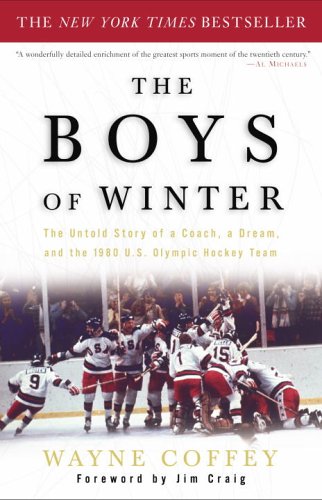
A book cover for The Boys of Winter: The Untold Story of a Coach, a Dream, and the 1980 U.S. Olympic Hockey Team; Wayne Coffey; Sports & Outdoors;